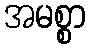
အမစ္စာ